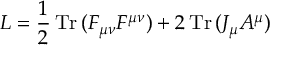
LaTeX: { \cal L } = { \frac { 1 } { 2 } } \, \mathrm { T r } \, ( F _ { \mu \nu } F ^ { \mu \nu } ) + 2 \, \mathrm { T r } \, ( J _ { \mu } A ^ { \mu } )